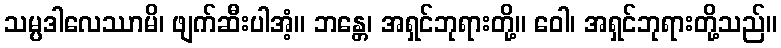
သမ္ပဒါလေဿာမိ၊ ဖျက်ဆီးပါအံ့။ ဘန္တေ၊ အရှင်ဘုရားတို့။ ဝေါ၊ အရှင်ဘုရားတို့သည်။